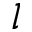
l